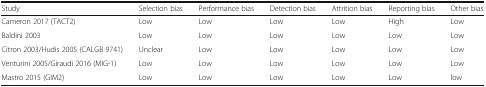
<table><thead><tr><td><b>Study</b></td><td><b>Selection bias</b></td><td><b>Performance bias</b></td><td><b>Detection bias</b></td><td><b>Attrition bias</b></td><td><b>Reporting bias</b></td><td><b>Other bias</b></td></tr></thead><tbody><tr><td>Cameron 2017 (TACT2)</td><td>Low</td><td>Low</td><td>Low</td><td>Low</td><td>High</td><td>Low</td></tr><tr><td>Baldini 2003</td><td>Low</td><td>Low</td><td>Low</td><td>Low</td><td>Low</td><td>Low</td></tr><tr><td>Citron 2003/Hudis 2005 (CALGB 9741)</td><td>Unclear</td><td>Low</td><td>Low</td><td>Low</td><td>Low</td><td>Low</td></tr><tr><td>Venturini 2005/Giraudi 2016 (MIG-1)</td><td>Low</td><td>Low</td><td>Low</td><td>Low</td><td>Low</td><td>Low</td></tr><tr><td>Mastro 2015 (GIM2)</td><td>Low</td><td>Low</td><td>Low</td><td>Low</td><td>Low</td><td>low</td></tr></tbody></table>